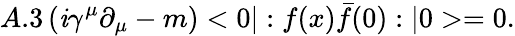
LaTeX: A.3\left(\mathit{i}\gamma^{\mu}\partial_{\mu}-m\right)<0|:f(x)\bar{{f}}(0):|0>=0.